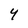
Character: 4